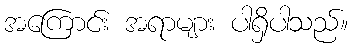
အကြောင်း အရာများ ပါရှိပါသည်။